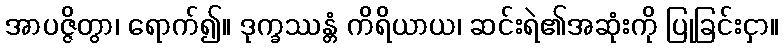
အာပဇ္ဇိတွာ၊ ရောက်၍။ ဒုက္ခဿန္တံ ကိရိယာယ၊ ဆင်းရဲ၏အဆုံးကို ပြုခြင်းငှာ။